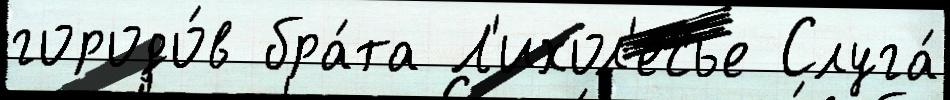
городо́в бра́та Л'ихол'есье Слуга́